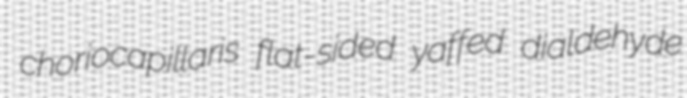
choriocapillaris flat-sided yaffed dialdehyde